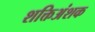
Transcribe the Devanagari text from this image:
शक्तिअंशक